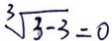
\sqrt [ 3 ] { 3 - 3 } = 0